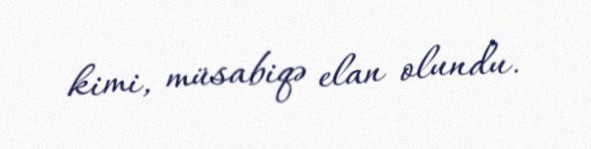
kimi, müsabiqə elan olundu.